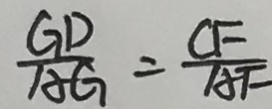
\frac { G D } { A G } = \frac { C F } { A F }